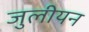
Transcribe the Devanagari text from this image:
जुलीयन